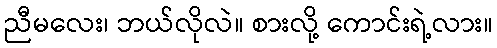
ညီမလေး၊ ဘယ်လိုလဲ။ စားလို့ ကောင်းရဲ့လား။